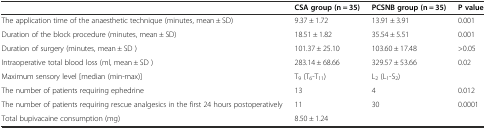
|  | CSA group (n = 35) | PCSNB group (n = 35) | P value |
 | --- | --- | --- | --- |
 | The application time of the anaesthetic technique (minutes, mean ± SD) | 9.37 ± 1.72 | 13.91 ± 3.91 | 0.001 |
 | Duration of the block procedure (minutes, mean ± SD) | 18.51 ± 1.82 | 35.54 ± 5.51 | 0.001 |
 | Duration of surgery (minutes, mean ± SD ) | 101.37 ± 25.10 | 103.60 ± 17.48 | >0.05 |
 | Intraoperative total blood loss (ml, mean ± SD ) | 283.14 ± 68.66 | 329.57 ± 53.66 | 0.02 |
 | Maximum sensory level [median (min-max)] | T9 (T6-T11) | L2 (L1-S2) |  |
 | The number of patients requiring ephedrine | 13 | 4 | 0.012 |
 | The number of patients requiring rescue analgesics in the first 24 hours postoperatively | 11 | 30 | 0.0001 |
 | Total bupivacaine consumption (mg) | 8.50 ± 1.24 |  |  |